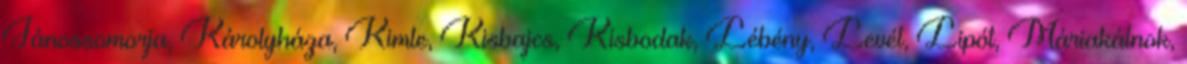
Jánossomorja, Károlyháza, Kimle, Kisbajcs, Kisbodak, Lébény, Levél, Lipót, Máriakálnok,